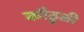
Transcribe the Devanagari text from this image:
कौठुळी